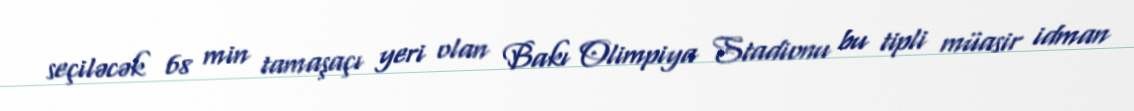
seçiləcək 68 min tamaşaçı yeri olan Bakı Olimpiya Stadionu bu tipli müasir idman